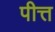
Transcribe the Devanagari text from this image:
पीत्त